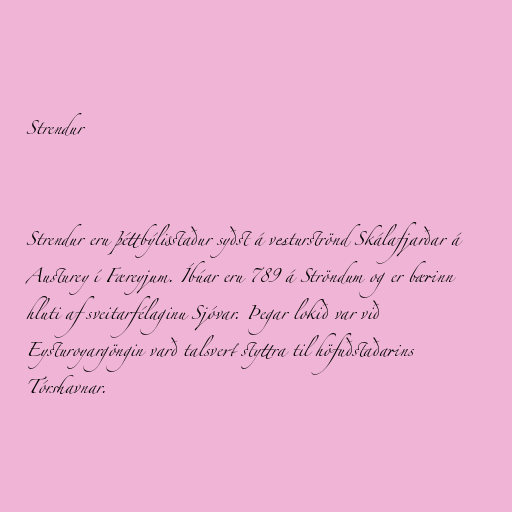
Strendur

Strendur eru þéttbýlisstaður syðst á vesturströnd Skálafjarðar á
Austurey í Færeyjum. Íbúar eru 789 á Ströndum og er bærinn
hluti af sveitarfélaginu Sjóvar. Þegar lokið var við
Eysturoyargöngin varð talsvert styttra til höfuðstaðarins
Tórshavnar.